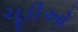
ચૂડીઓ